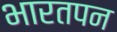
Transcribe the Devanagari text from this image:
भारतपन